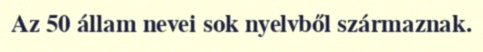
Az 50 állam nevei sok nyelvből származnak.